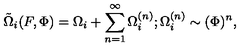
\tilde { \Omega } _ { i } ( F , \Phi ) = \Omega _ { i } + \sum _ { n = 1 } ^ { \infty } \Omega _ { i } ^ { ( n ) } ; \Omega _ { i } ^ { ( n ) } \sim ( \Phi ) ^ { n } ,